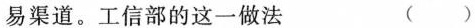
易渠道。工信部的这一做法 ()